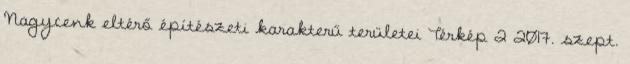
Nagycenk eltérő építészeti karakterű területei Térkép 2 2017. szept.